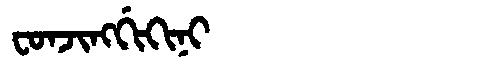
Manchu: ᠸᠣᠨᠵᡳᠩᡤᡳᡴᡳᠨᡳ
Romanization: FONJINGGIKINI